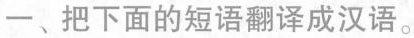
一、把下面的短语翻译成汉语。